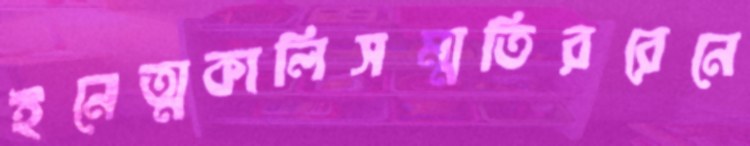
ইনেত্মকালিসম্মতিররেনে